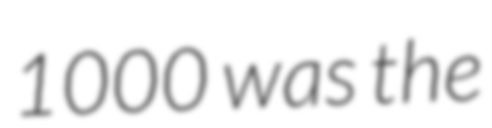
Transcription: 1000 was the